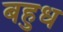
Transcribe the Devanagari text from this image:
बहुध